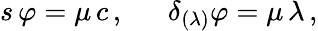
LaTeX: s\, \varphi=\mu\, c\, ,~~~~~~\delta_{(\lambda)}\varphi=\mu\, \lambda\, ,